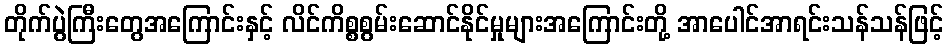
တိုက်ပွဲကြီးတွေအကြောင်းနှင့် လိင်ကိစ္စစွမ်းဆောင်နိုင်မှုများအကြောင်းတို့ အာပေါင်အာရင်းသန်သန်ဖြင့်